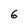
Character: 6